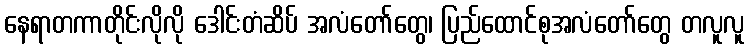
နေရာတကာတိုင်းလိုလို ဒေါင်းတံဆိပ် အလံတော်တွေ၊ ပြည်ထောင်စုအလံတော်တွေ တလူလူ